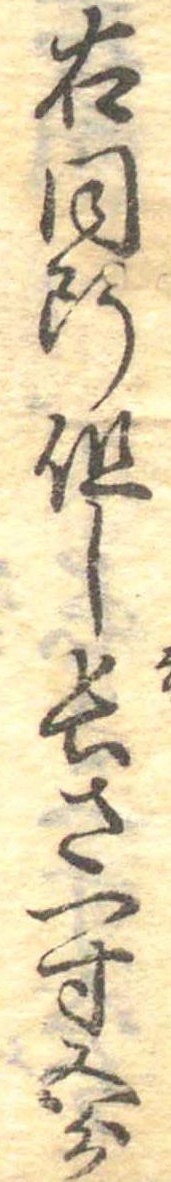
右同断但し長さ一寸五分